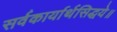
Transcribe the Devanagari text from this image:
सर्वकार्यार्थसिद्धये॥